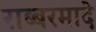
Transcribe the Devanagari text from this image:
राब्बरमादे